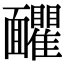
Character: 𩉗